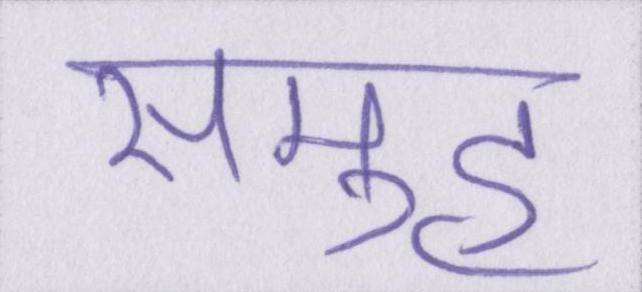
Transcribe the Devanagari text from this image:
समुह